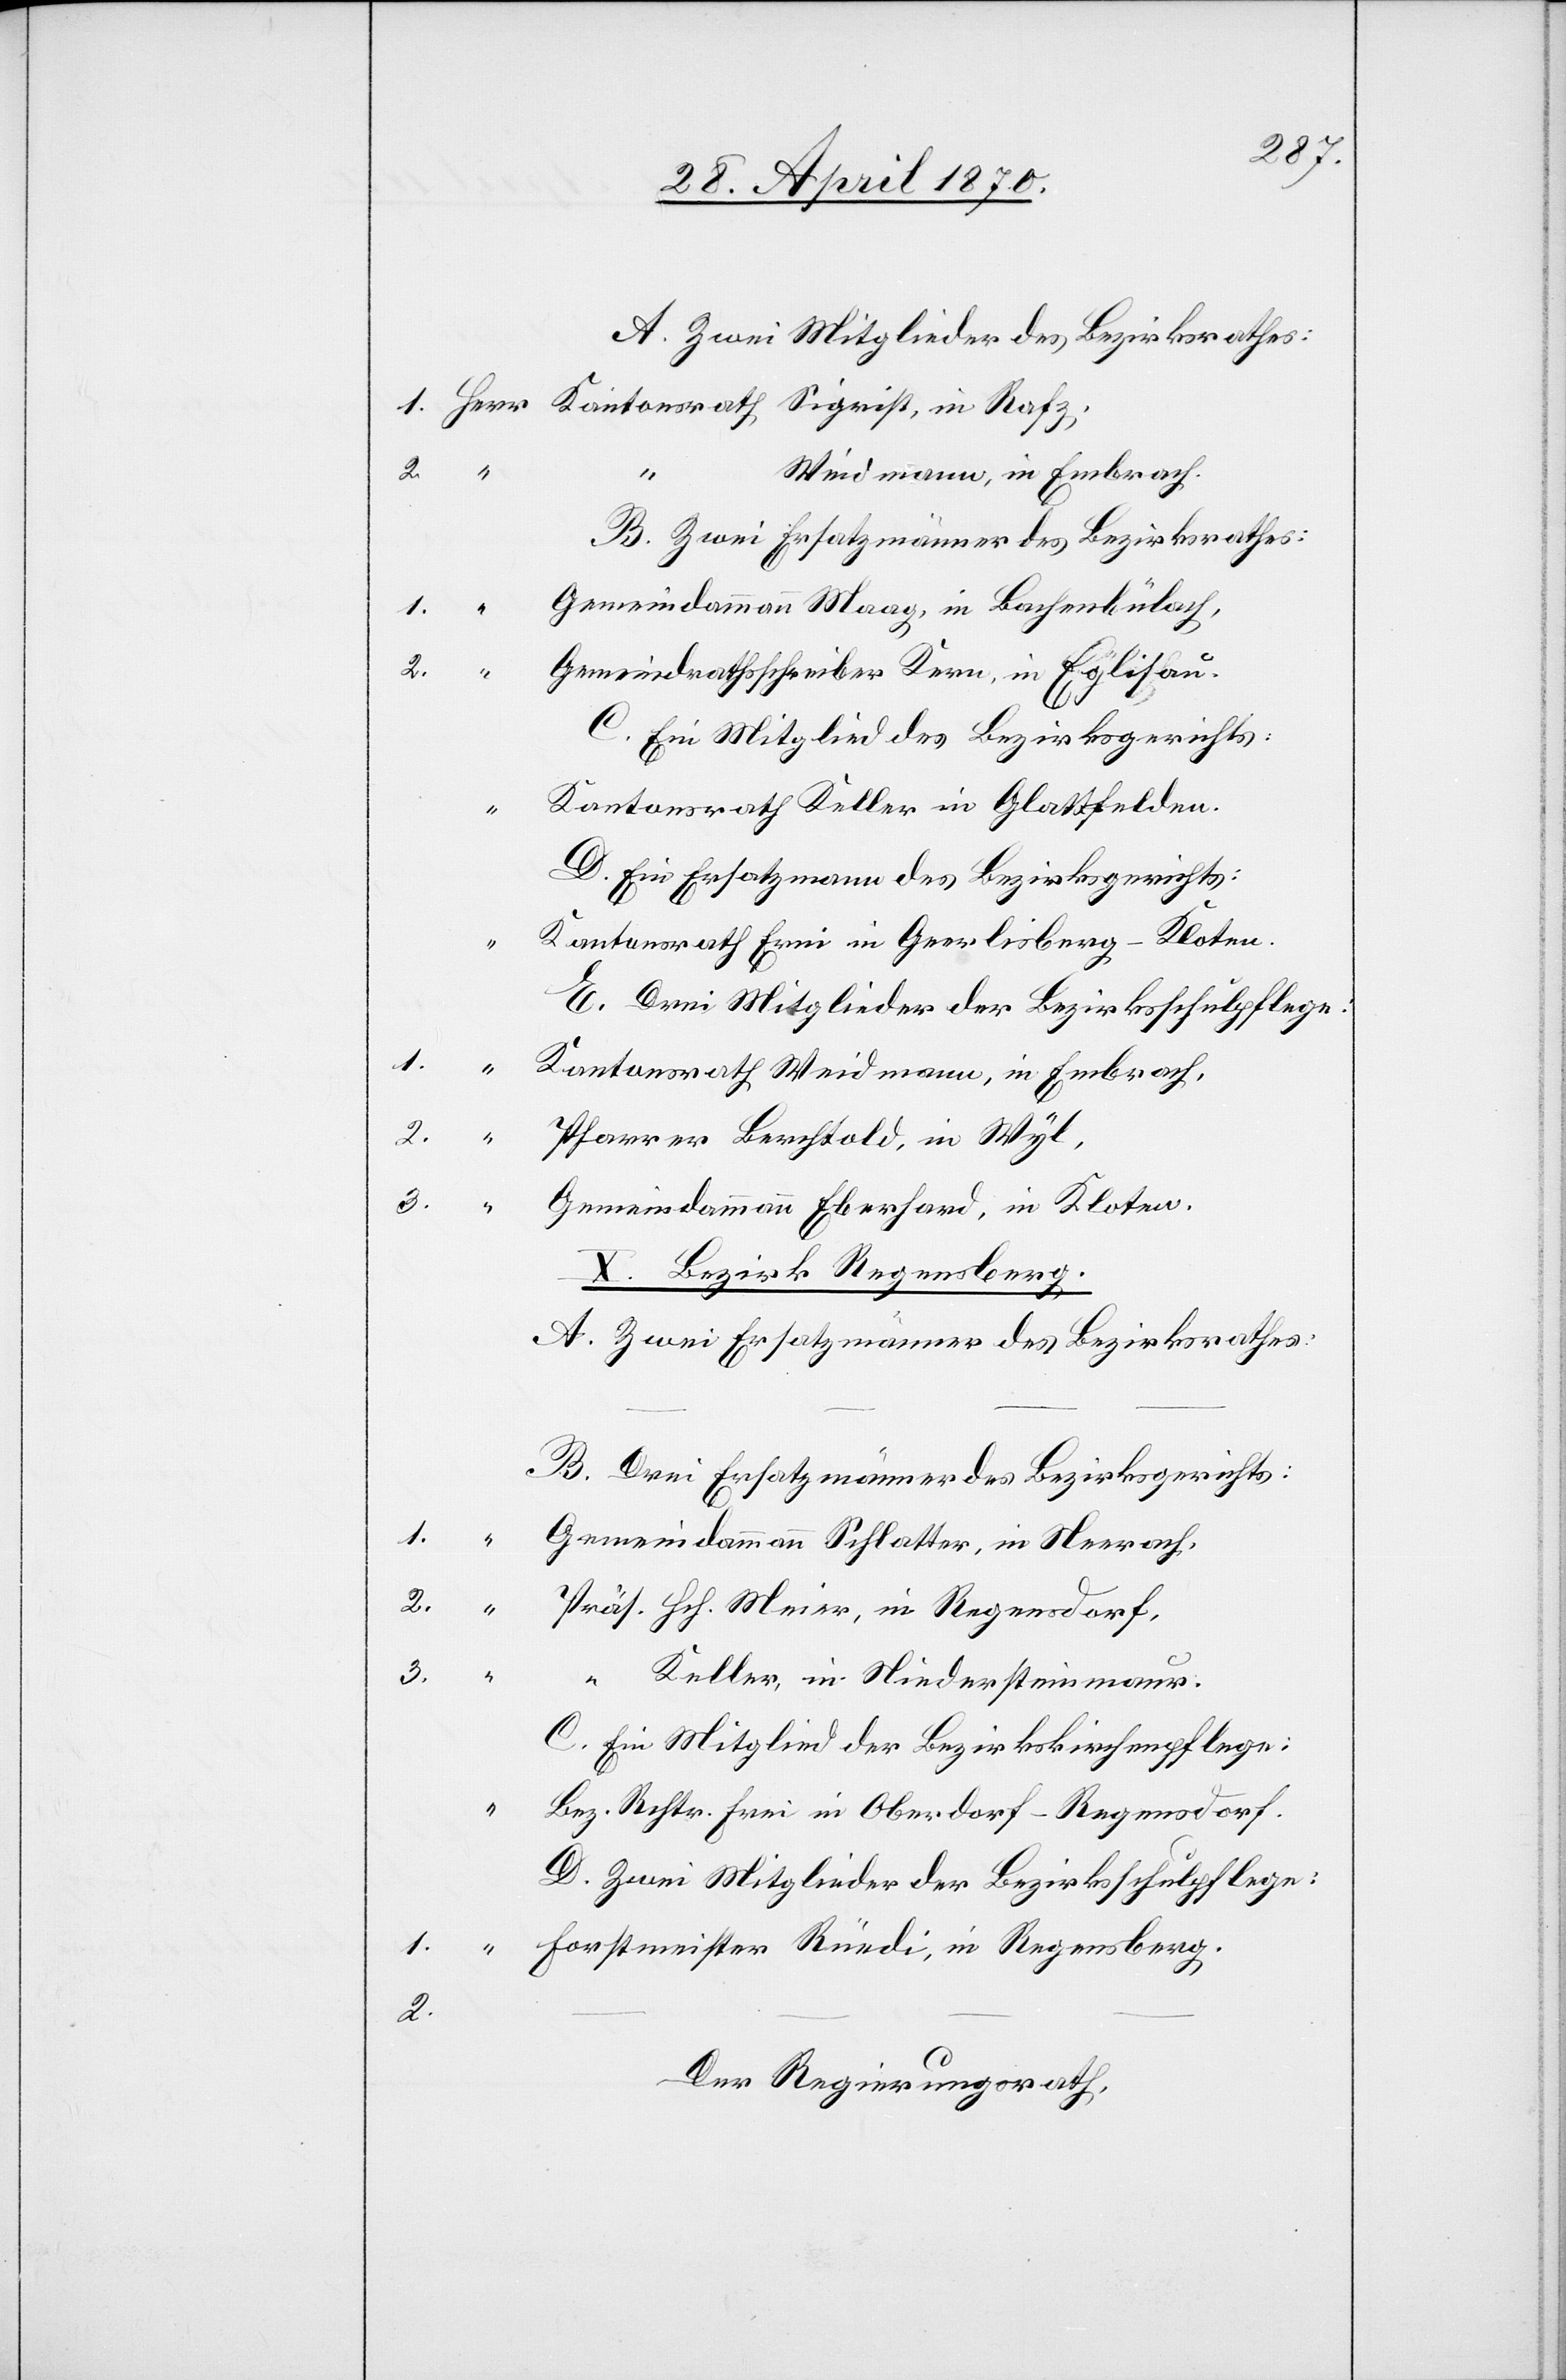
A. Zwei Mitglieder des Bezirksrathes:
1.
Weidmann, in Embrach.
B. Zwei Ersatzmänner des Bezirksrathes:
Gemeindammann Maag, in Bachenbülach,
Gemeindrathsschreiber Kern, in Eglisau.
C. Ein Mitglied des Bezirksgerichts:
“
Kantonsrath Keller in Glattfelden.
D. Ein Ersatzmann des Bezirksgerichts:
Kantonsrath Erni in Geerlisberg - Kloten.
E. Drei Mitglieder der Bezirksschulpflege:
Kantonsrath Weidmann, in Embrach,
2.
Pfarrer Berchtold, in Wyl,
in Rafz;
3.
Gemeindammann Eberhard, in Kloten.
X. Bezirk Regensberg.
A. Zwei Ersatzmänner des Bezirksrathes.
B. Drei Ersatzmänner des Bezirksgerichts:
Gemeindammann Schlatter, in Neerach,
Präs. Hch. Meier, in Regensdorf,
3.
“ Keller, in Niedersteinmaur.
C. Ein Mitglied der Bezirkskirchenpflege:
Bez. Rchtr. Frei in Oberdorf - Regensdorf.
D. Zwei Mitglieder der Bezirksschulpflege:
Forstmeister Rüedi, in Regensberg.
2.
Der Regierungsrath,